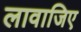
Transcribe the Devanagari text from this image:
लावाजिए